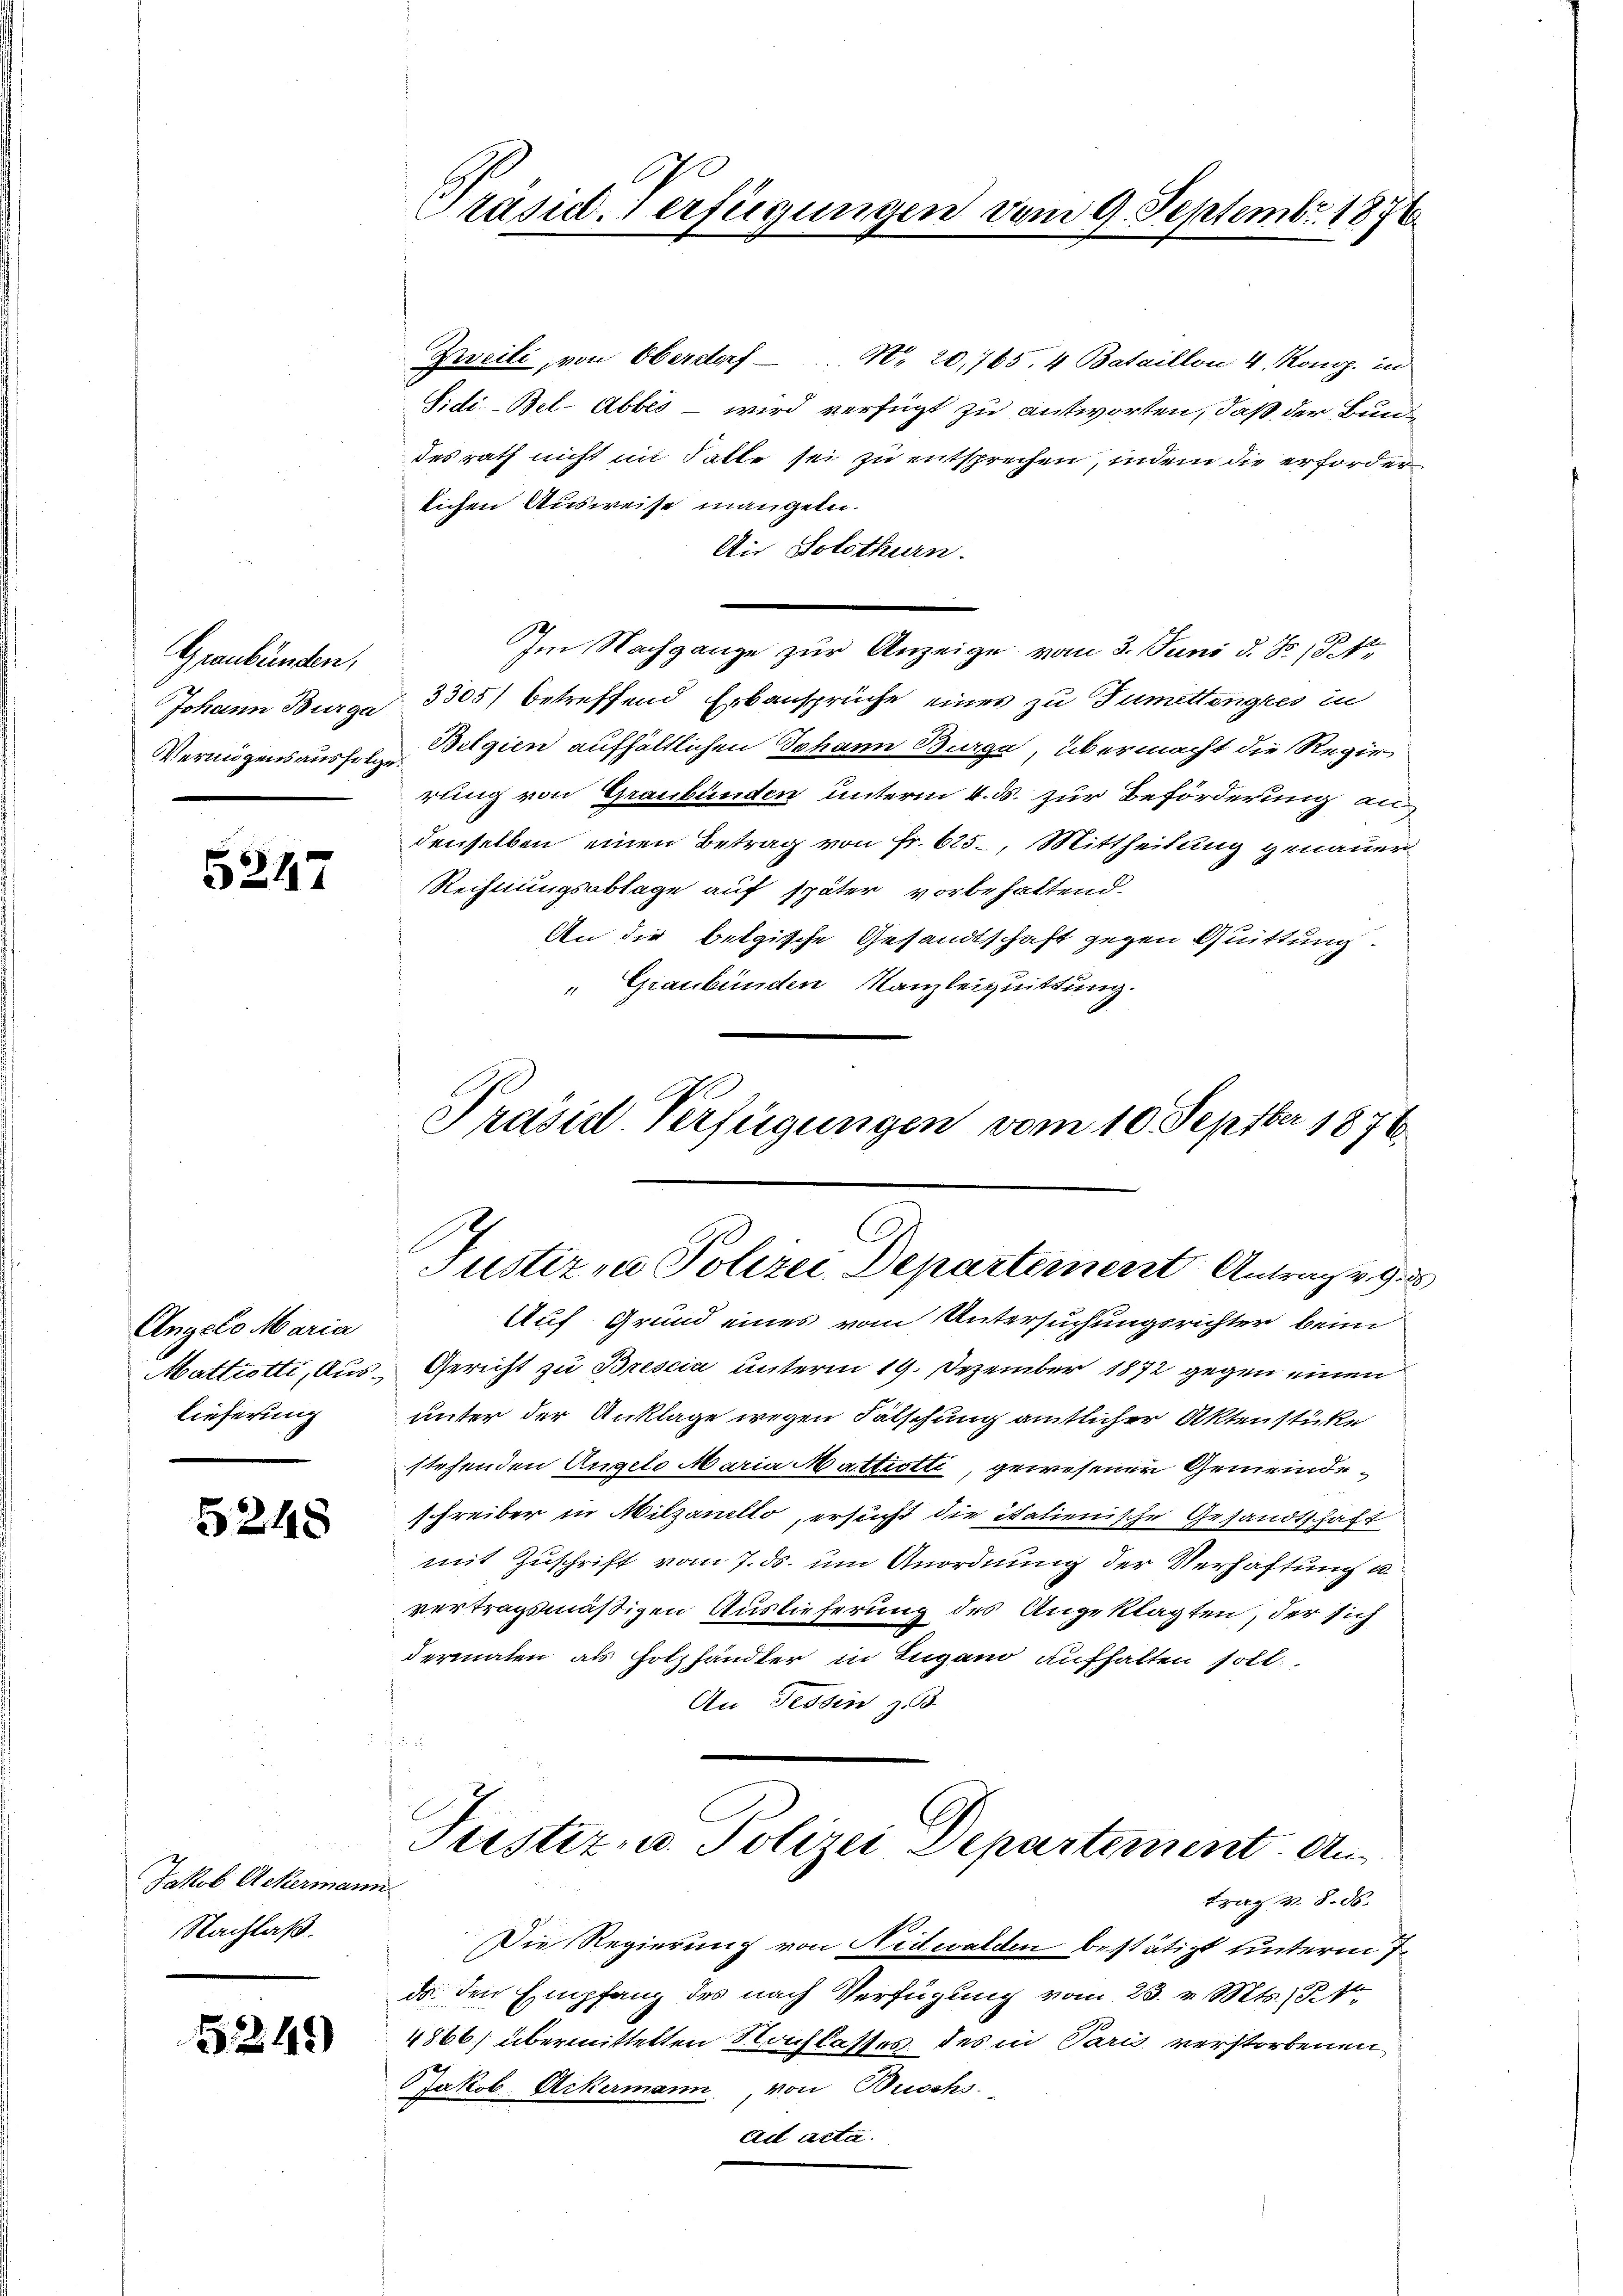
Graubünden,
Johann Burga
Vermögensausfolge

5247

Angelo Maria
Mattiotti, Auslieferung

5248

Jakob Ackermann
Nachlaß.

5245)

6
Präsid. 1 erfügungen vom 9. Septembr. 1876.

Zweili, von Oberstorf No 20,765. 4 Bataillon 4. Komp. in
Sidi-Bel-Abbes – wird verfügt zu antworten, daß der Bundesrath nicht in hatte sei zu entsprechen, indem die erforder
lichen Ausweise mangeln.
Ai Solothurn.
Im Nachgange zur Anzeige vom 3. Juni d. J. 18. No
3305) betreffend Erbansprüche eines zu Tumettenges in
Belgien aufhältlichen Johann Burge, übermacht die Regierung von Graubünden unterm 4. ds. zur Beförderung an
denselben einen Betrag von Fr. 625, Mittheilung genauer
Rechnungsablage auf später vorbehaltend.
An die belgische Gesandtschaft gegen Quittung.
" Graubünden Kanzleiquittung.
A
Präsid. Verfügungen vom 10. Septbr 1876.

Justiz zu Polizei Departement Antrag v. 9.

Auf Grund eines vom Untersuchungsrichter beim
Gericht zu Bresia unterm 19. Dezember 1872 gegen einen
unter der Anklage wegen Fälschung amtlicher Aktenstücke
stehenden Angelo Maria Mattrotti, gewesener Gemeindeschreiber in Milzanello, ersucht die italienische Gesandtschaft
mit Zuschrift vom 7. ds. um Anordnung der Verhaftung u.
vertragsmäßigen Auslieferung des Angeklagten, der sich
dermaten als Holzhändler in Eugano aufhalten soll.
An Tessin z

Justiz- u. Polizei Departement. Antrag v. 8. ds.
Die Regierung von Nidwalden bestätigt unterm 7.
ds. den Empfang des nach Verfügung vom 23. v. Mts. Ste
4866) übermittelten Nachlasses des in Paris verstorbenen
Jakob. Ackermann, von Buochs.
ad acta.